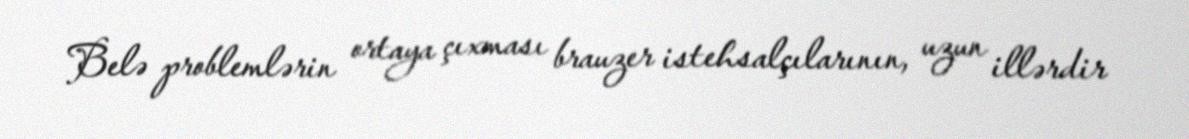
Belə problemlərin ortaya çıxması brauzer istehsalçılarının, uzun illərdir